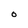
Character: O